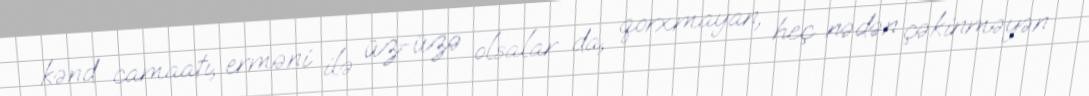
kənd camaatı, erməni ilə üz-üzə olsalar da, qorxmayan, heç nədən çəkinməyən